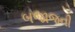
બજાજની